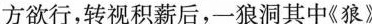
方欲行，转视积薪后，一狼洞其中《狼》